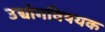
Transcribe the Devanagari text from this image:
उद्योगविषयक